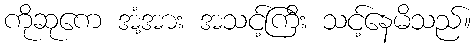
ကိုဆုကေ အံ့အား အသင့်ကြီး သင့်နေမိသည်။